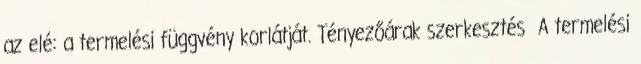
az elé: a termelési függvény korlátját. Tényezőárak szerkesztés A termelési